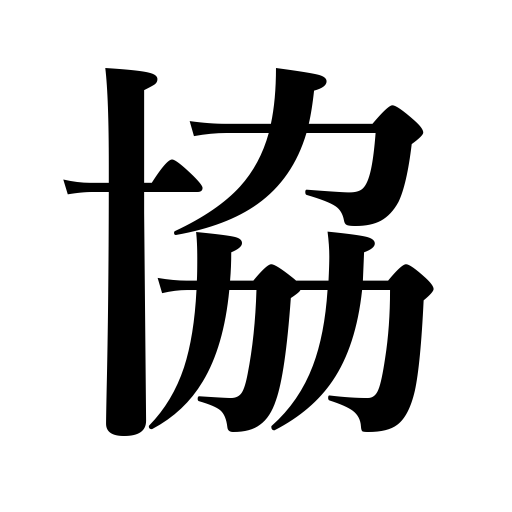
Meanings: cooperation